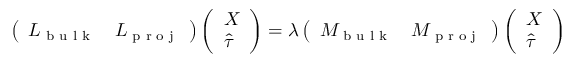
\left( \begin{array} { l l } { L _ { \textrm { b u l k } } } & { L _ { \textrm { p r o j } } } \end{array} \right) \left( \begin{array} { l } { X } \\ { \widehat { \tau } } \end{array} \right) = \lambda \left( \begin{array} { l l } { M _ { \textrm { b u l k } } } & { M _ { \textrm { p r o j } } } \end{array} \right) \left( \begin{array} { l } { X } \\ { \widehat { \tau } } \end{array} \right)